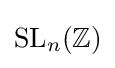
\mathrm {SL} _{n}(\mathbb {Z} )